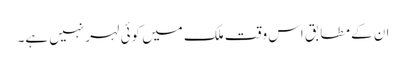
ان کے مطابق اس وقت ملک میں کوئی لہر نہیں ہے۔